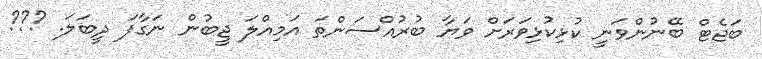
ބަޖެޓް ބޭނުންވަނީ ކުޅިކުޅިވަރަށް ވަޔާ ބުރުއްސަންތަ އަމިއްލަ ޖީބުން ނަގާފަ ދީބަލަ. ???